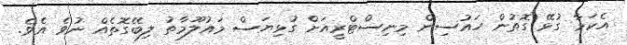
އެކަމާ ގުޅޭ ގޮތުން ހައުސިން މިނިސްޓްރީއަށް ގުޅިޔަސް މައުލޫމާތު ލިބޭގޮތެއް ނުވެ އެވެ.